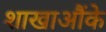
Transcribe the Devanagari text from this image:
शाखाऔंके